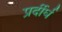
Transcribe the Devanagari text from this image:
प्रर्दीर्घ